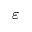
\varepsilon